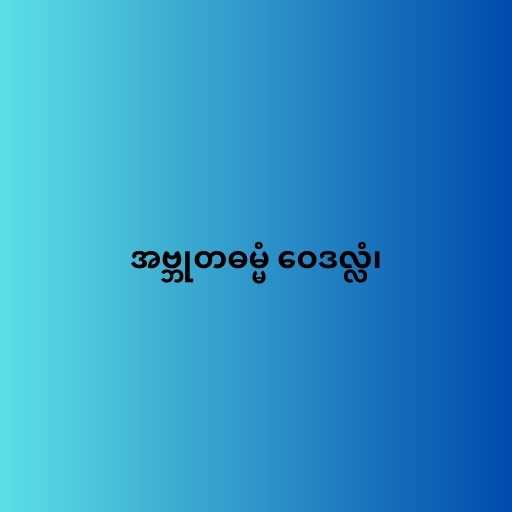
အဗ္ဘုတဓမ္မံ ဝေဒလ္လံ၊